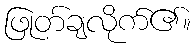
ဖြုတ်ချလိုက်၏။